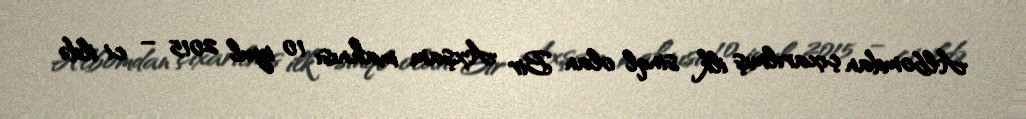
Albomdan çıxarılmış ilk sinql olan Bir Axşam mahnısı 10 iyul 2015 – ci ildə